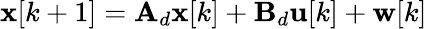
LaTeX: \mathbf{x}[k+1]=\mathbf{A}_{d}\mathbf{x}[k]+\mathbf{B}_{d}\mathbf{u}[k]+\mathbf{w}[k]